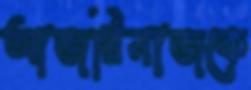
আজরিনাজকে